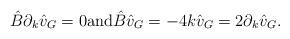
LaTeX: \begin{align*}\hat{B} \partial_k \hat{v}_G = 0 {\rm and} \hat{B} \hat{v}_G = - 4k \hat{v}_G = 2 \partial_k \hat{v}_G.\end{align*}